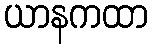
ယာနကထာ